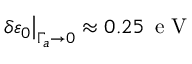
\left. \delta \varepsilon _ { 0 } \right\vert _ { \Gamma _ { a } \to 0 } \approx 0 . 2 5 \, \mathrm { ~ e ~ V ~ }